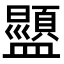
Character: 𬐿